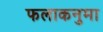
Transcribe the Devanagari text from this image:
फलाकनुमा